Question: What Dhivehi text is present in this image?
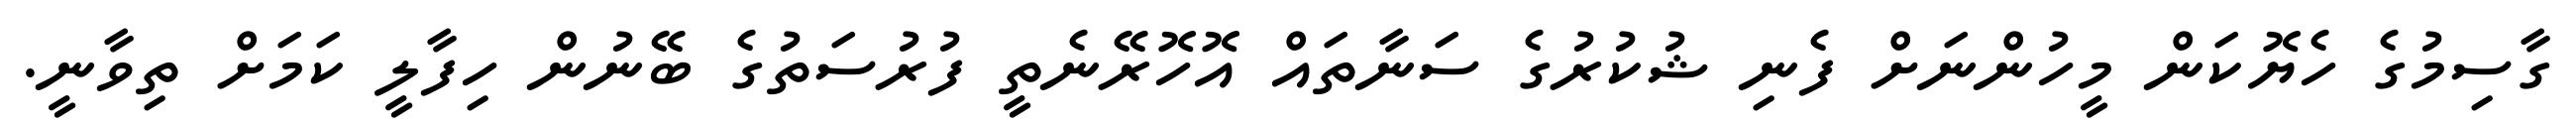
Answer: ގާސިމުގެ ހެޔޮކަން މީހުންނަށް ފެނި ޝުކުރުގެ ސަނާތައް އޮހޮރޭނެތީ ފުރުސަތުގެ ބޭނުން ހިފާލީ ކަމަށް ތިވާނީ.